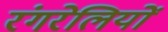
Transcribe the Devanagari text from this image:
रंगरेलियों